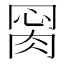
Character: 𦛂